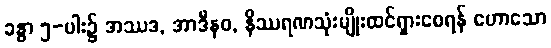
ခန္ဓာ ၅-ပါး၌ အဿဒ, အာဒီနဝ, နိဿရဏသုံးမျိုးထင်ရှားစေရန် ဟောသော